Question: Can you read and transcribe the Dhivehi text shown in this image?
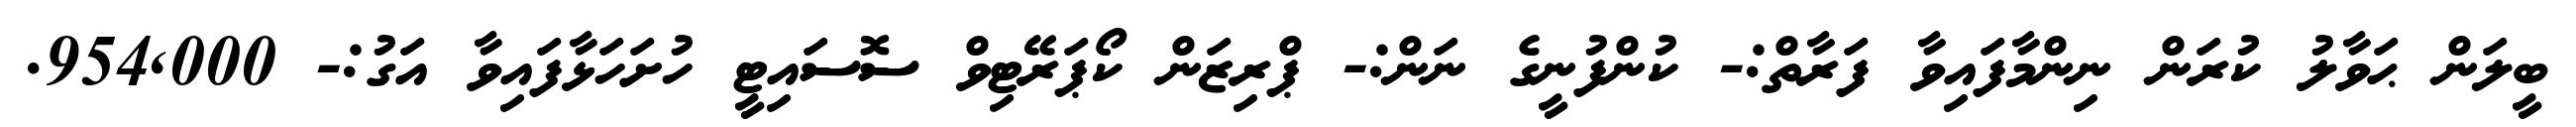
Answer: ބީލަން ޙަވާލު ކުރަން ނިންމާފައިވާ ފަރާތް:- ކުންފުނީގެ ނަން:- ޕްރިޒަން ކޯޕަރޭޓިވް ސޮސައިޓީ ހުށަހަޅާފައިވާ އަގު:- 954,000.